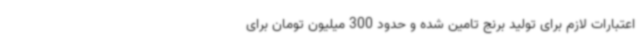
اعتبارات لازم برای تولید برنج تامین شده و حدود 300 میلیون تومان برای